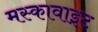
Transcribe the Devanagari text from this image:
मस्कावाइट